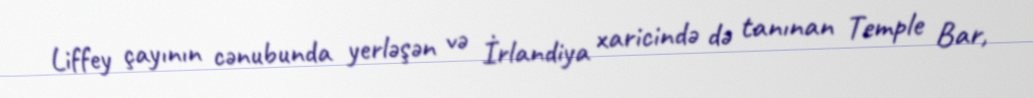
Liffey çayının cənubunda yerləşən və İrlandiya xaricində də tanınan Temple Bar,